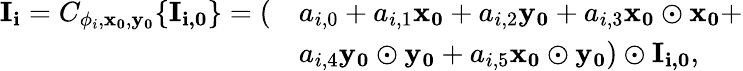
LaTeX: \begin{array}{rl}{\mathbf{I_{i}}=C_{\phi_{i},\mathbf{x_{0}},\mathbf{y_{0}}}\{ \mathbf{I_{i,0}}\} =(}&{a_{i,0}+a_{i,1}\mathbf{x_{0}}+a_{i,2}\mathbf{y_{0}}+a_{i,3}\mathbf{x_{0}\odot x_{0}}+}\\ &{a_{i,4}\mathbf{y_{0}\odot y_{0}}+a_{i,5}\mathbf{x_{0}\odot y_{0}})\odot\mathbf{I_{i,0}},}\end{array}